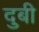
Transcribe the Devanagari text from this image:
दुबी